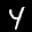
Label: 4